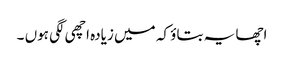
اچھا یہ بتاؤ کہ میں زیادہ اچھی لگی ہوں ۔